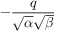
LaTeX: - { \frac { q } { { \sqrt { \alpha } } { \sqrt { \beta } } } }